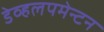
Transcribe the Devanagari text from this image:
डेव्हलपमेन्टन